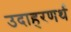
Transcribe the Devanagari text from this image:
उदाहरणर्थ